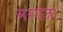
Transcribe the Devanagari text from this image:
मरगजा